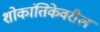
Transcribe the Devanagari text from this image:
शोकांतिकेवरील